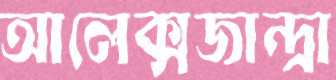
আলেক্সজান্দ্রা